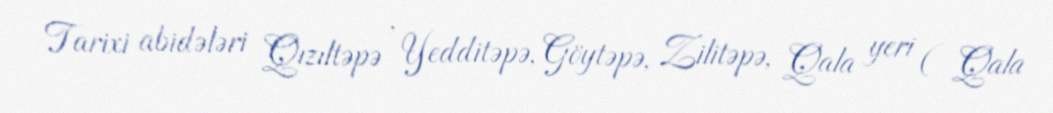
Tarixi abidələri Qızıltəpə , Yedditəpə, Göytəpə, Zilitəpə, Qala yeri ( Qala